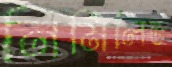
নির্মিলিত